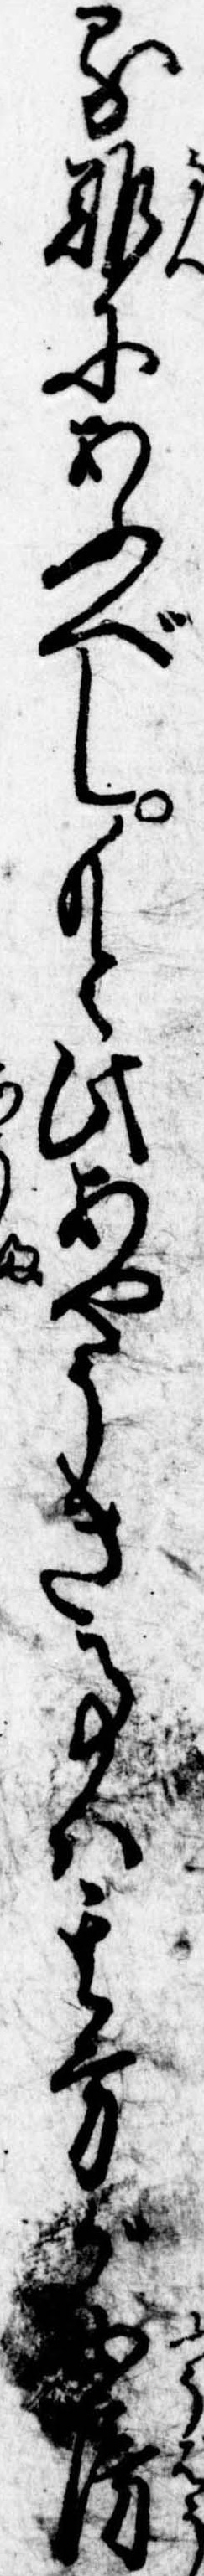
る難にあふべしもと此あやうき事は其方が女房